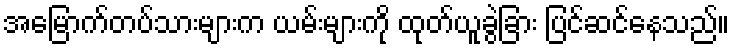
အမြောက်တပ်သားများက ယမ်းများကို ထုတ်ယူခွဲခြား ပြင်ဆင်နေသည်။